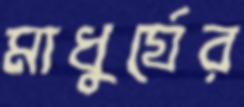
মাধুর্যের